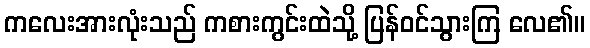
ကလေးအားလုံးသည် ကစားကွင်းထဲသို့ ပြန်ဝင်သွားကြ လေ၏။